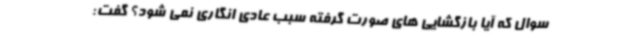
سوال که آیا بازگشایی های صورت گرفته سبب عادی انگاری نمی شود؟ گفت: